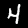
Label: 4